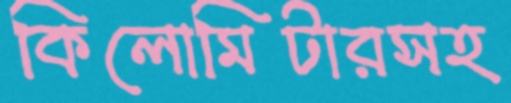
কিলোমিটারসহ